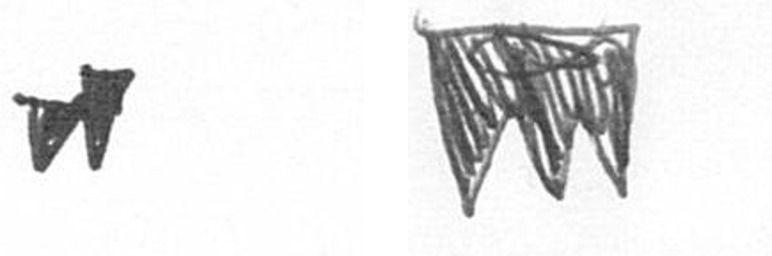
M L